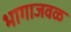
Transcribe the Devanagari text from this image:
भागाजवळ